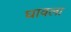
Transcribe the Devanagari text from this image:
घावला